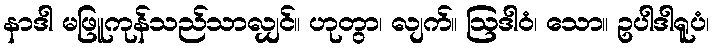
နာဒါ မဖြူကုန်သည်သာလျှင်။ ဟုတွာ၊ လျက်။ ဩဒါဝံ၊ သော။ ဥပါဒါရူပံ၊